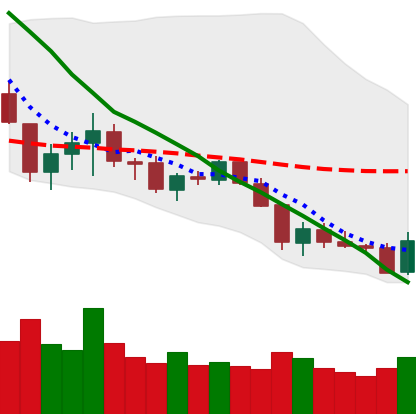
Ticker: LTC-USD
Chart end date: 2018-05-29
Forward return: 4.961%
Label: up_3_5